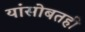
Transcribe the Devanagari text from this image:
यांसोबतही